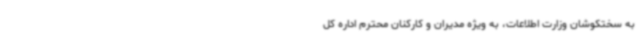
به سختکوشان وزارت اطلاعات، به ویژه مدیران و کارکنان محترم اداره کل